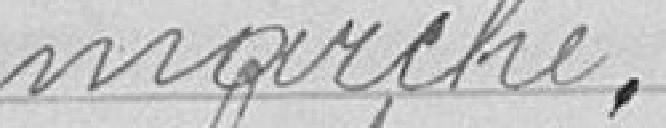
marché.